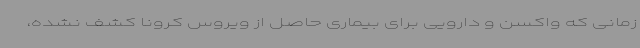
زمانی که واکسن و دارویی برای بیماری حاصل از ویروس کرونا کشف نشده،